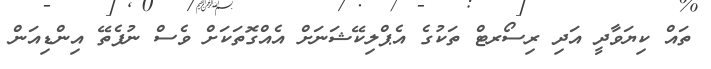
ތައް ކިޔަވާދީ އަދި ރިސޯރޓް ތަކުގެ އެޕްލިކޭޝަނަށް އެއްގޮތަކަށް ވެސް ނުފެތޭ އިންޑިއަން